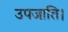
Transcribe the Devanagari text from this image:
उपजाति।